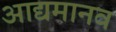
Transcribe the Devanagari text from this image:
आद्यमानव